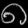
Digit: ၈